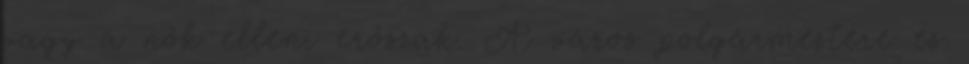
vagy a nők elleni erőszak. A város polgármestere és